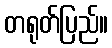
တရုတ်ပြည်။